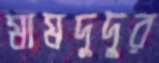
মামদুদুর